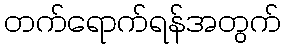
တက်ရောက်ရန်အတွက်